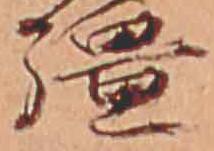
疆